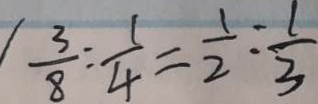
\frac { 3 } { 8 } : \frac { 1 } { 4 } = \frac { 1 } { 2 } : \frac { 1 } { 3 }